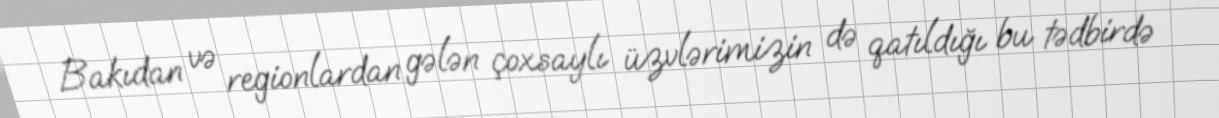
Bakıdan və regionlardan gələn çoxsaylı üzvlərimizin də qatıldığı bu tədbirdə